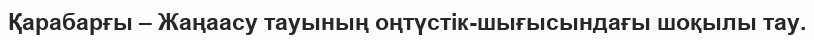
Қарабарғы – Жаңаасу тауының оңтүстік-шығысындағы шоқылы тау.